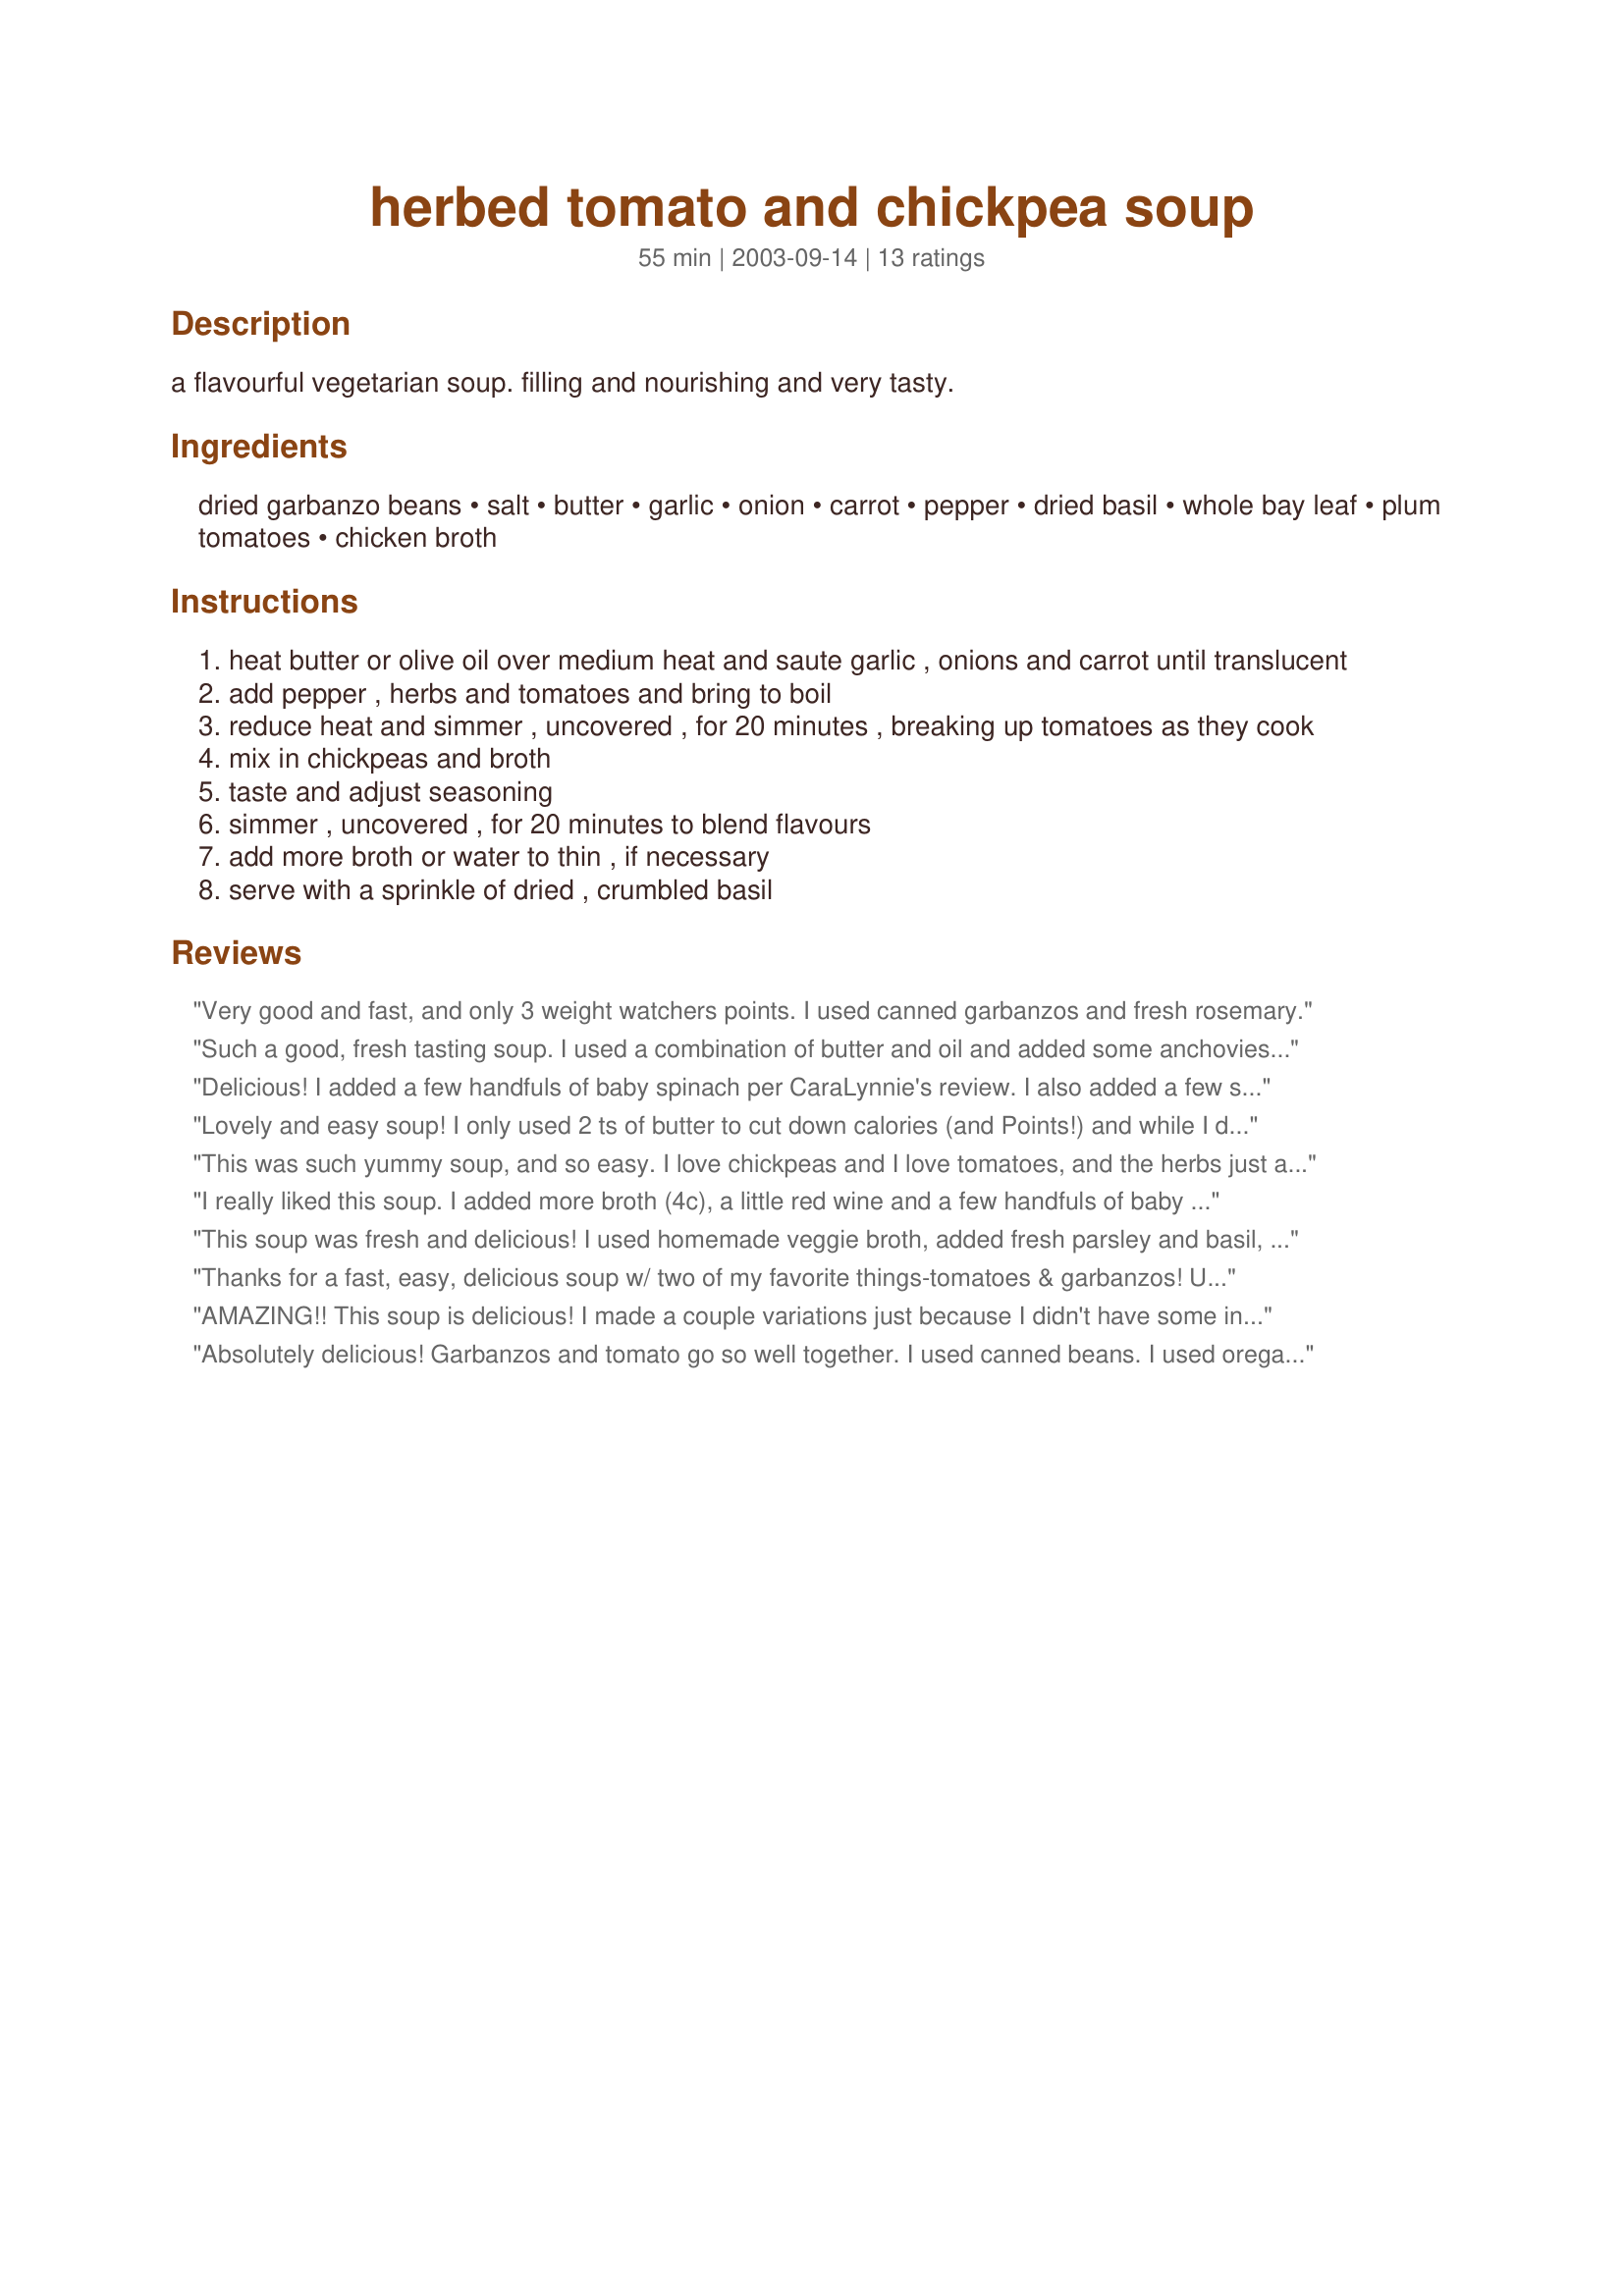
herbed tomato and chickpea soup
Preparation time: 55 minutes

a flavourful vegetarian soup. filling and nourishing and very tasty.

Ingredients:
dried garbanzo beans, salt, butter, garlic, onion, carrot, pepper, dried basil, whole bay leaf, plum tomatoes, chicken broth

Steps:
heat butter or olive oil over medium heat and saute garlic , onions and carrot until translucent
add pepper , herbs and tomatoes and bring to boil
reduce heat and simmer , uncovered , for 20 minutes , breaking up tomatoes as they cook
mix in chickpeas and broth
taste and adjust seasoning
simmer , uncovered , for 20 minutes to blend flavours
add more broth or water to thin , if necessary
serve with a sprinkle of dried , crumbled basil

Reviews:
Very good and fast, and only 3 weight watchers points. I used canned garbanzos and fresh rosemary.
Such a good, fresh tasting soup. I used a combination of butter and oil and added some anchovies at the very beginning which melted into the oil. I also added one little cayenne pepper, chopped. So easy and delicious.
Delicious! I added a few handfuls of baby spinach per CaraLynnie's review. I also added a few stalks chopped celery (with leaves) with the onions etc. and pureed about half the chickpeas in a blender after cooking for about 10 minutes, then added back at the same time I threw in the spinach. This is a quick, healthy and tasty soup that I will make again and again. Reminds me of Pasta de Ceci only with tomatoes added. Loved it!
Lovely and easy soup! I only used 2 ts of butter to cut down calories (and Points!) and while I do realize it will also affect the taste, I think it worked fine. I also added a bit of chili sauce for a bit of heat! This will definitely become a lunch staple for me. Thanks for sharing Evelyn! :-)
This was such yummy soup, and so easy. I love chickpeas and I love tomatoes, and the herbs just add that extra bit. I also gave it an extra bit-some Tabasco.
I really liked this soup. I added more broth (4c), a little red wine and a few handfuls of baby spinach. I will definitely be making this again!
This soup was fresh and delicious! I used homemade veggie broth, added fresh parsley and basil, a little cumin and coriander too (I like a lot of flavor). I served it on the side with a Moroccan chicken recipe from this site, and actually ended up adding the chicken directly to the soup! Next time, I think I'll add the chicken in the beginning. Great recipe, will definitely make it again.
Thanks for a fast, easy, delicious soup w/ two of my favorite things-tomatoes & garbanzos! Used fresh Lemon Boy yellow tomatoes from my garden, which I had already grilled whole on the barbeque along with peppers for another recipe. Lovely to eat and to present at table. Thanks, I'll be making this often!
AMAZING!! This soup is delicious! I made a couple variations just because I didn't have some ingredients on hand... used 2 fresh, whole tomatoes, 1- 8oz can tomato sauce, left out the carrots and decreased the water to make the flavors come out stronger... sooooo good! We will have this again and again and again!
Absolutely delicious! Garbanzos and tomato go so well together. I used canned beans. I used oregano instead of rosemary because I didn't have any. Perfect amount of herbs-not overpowering. Will definitely make this again!
Very tasty soup! It is a great recipe to have on hand if you need a quick, nourishing lunch. Thank you for sharing this!
This soup is easy and tasty and too! I substituted fresh basil for the dried one. A keeper for sure.
Fantastic recipe! A real taste of Summer amidts Winter! My mom's new favorite soup! I replaced 1/8 teaspoon of dried rosemary by 1/2 teaspoon of dried oregano. We also added fresh-chopped coriander before serving. Best when served with a crusty bread, crip salad and a glass of white wine! Thanks for a new family-favorite! :)
